Serum-therapy of plague in India - Number 20
Disease focus: Plague
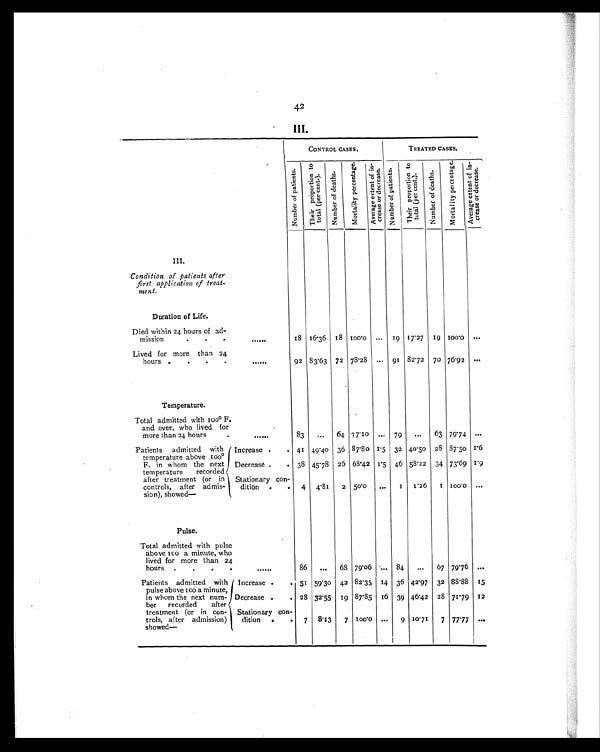
42
III.
CONTROL CASES.
TREATED CASES.
Number of pat i ent s T h i e r p r o p o t i o n t o t o t a l ( p e r c c e n t )
Nu mb e r o f d e a t h s
M o r t a l i t y p e r c e n t a g e
A v e r a g e o f i n c r e a s e o r d e c r e a s e .
N u m b e r i n p a t i e n t s
T h e i r p r o p o r t i o n t o t o t a l ( p e r c e n t ) .
N u m b e r o f d e a t h s .
M o r t a l i t y p e r c e n t a g e . A v e r a g e e x t e n t i n c r e a s e o r d e c r e a s e .
I I I
.
Condition of patients after
first application of treat-
ment.
Duration of Life.
Died within 24 hours of ad-
mission
. . .
. . . . . . .
1 8
1 6 . 3 6 18
1 0 0 ... 19 17.27 19 100.0 . . .
Lived for more than 24
hours .
.
.
.
.....
92 83.63 72 78.28 ... 91 82.72 70 76.92 ...
Temperature.
Total admitted with 100º F.
and over, who lived for
more than 24 hours
.
. . . . . .
83
...
64
7 7 . 1 0 ...
79
...
63 79.74 . . .
Patients admitted with
temperature above 100º
F. in whom the next
temperature recorded
after treatment (or in
controls after admis-
sion), showed—
Increase .
. 41 49.40 36 87.80 1.5 32 40.50 28 87.50 1.6
Decrease .
. 38 45.78 26 68.42 1.5 46 58.22 34 73.69 1.9
Stationary con-
dition
.
.
4
4.81
2 50.0
...
1
1.26
1
1 0 0 . 0 ...
Pulse.
Total admitted with pulse
above ico a minute, who
lived for more than 24
hours
.
. . .
......
86
...
68 79.06 ... 84
...
67 79.76 ...
Patients admitted with
pulse above too a minute,
in whom the next num-
ber recorded after
treatment (or in con-
trols, after admission)
showed
Increase .
51 59.3o 42 82.35 14 36 42.97 32 88.88 15
Decrease .
28 32.55 19 87.85 16 39 46.42 28 71.79 12
Stationary con-
dition
.
7
8.13
7
1 0 0 . 0 ...
9 10.71
7 77.77 . . .